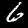
Digit: 6